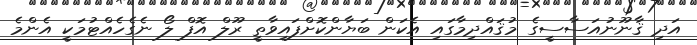
އަދި ޤާނޫނުއަސާސީގެ މުޤައްދިމާގައި އެކަން ބަޔާންކޮށްފައިވާތީ ރޫލް އޮފް ލޯ ނެގެހެއްޓުމަކީ އެންމެ